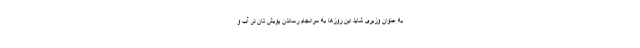
به عنوان وزیری شاید این روزها به سرانجام رساندن پویش تان در آب و